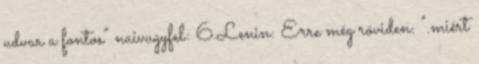
udvar a fontos” naivugyfel: 6.Lenin: Erre még röviden: ".miért